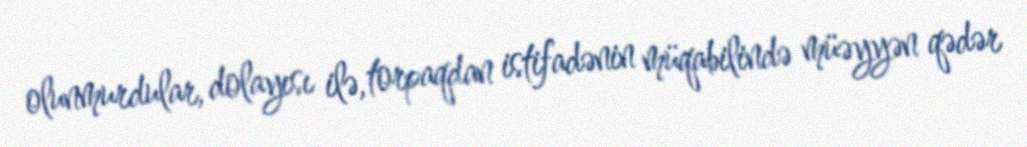
olunmurdular, dolayısı ilə, torpaqdan istifadənin müqabilində müəyyən qədər